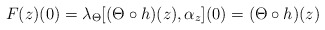
\begin{align*} F(z)(0) =\lambda_{\Theta}[( \Theta \circ h)(z), \alpha_z](0) =( \Theta \circ h)(z)\end{align*}